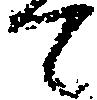
て